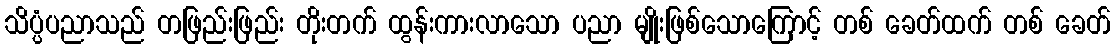
သိပ္ပံပညာသည် တဖြည်းဖြည်း တိုးတက် ထွန်းကားလာသော ပညာ မျိုးဖြစ်သောကြောင့် တစ် ခေတ်ထက် တစ် ခေတ်